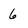
Character: 6